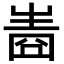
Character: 𤯧